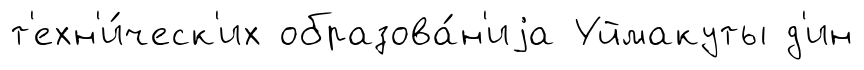
т'ехн'и́ческ'их образова́н'иjа Уймакуты д'ин